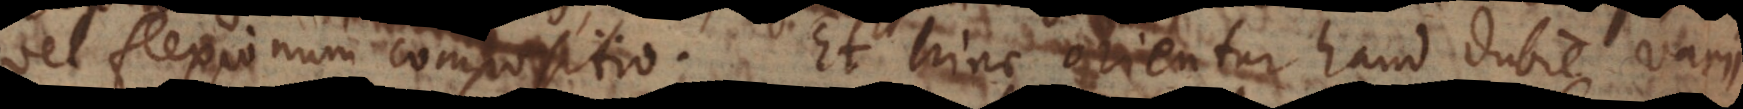
vel flexionum compositio. Et hinc orientur haud dubie varii